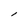
Character: l